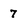
Character: 7